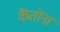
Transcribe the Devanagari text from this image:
कैंतोना